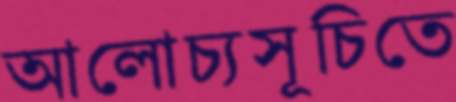
আলোচ্যসূচিতে